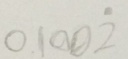
0 . 1 0 0 \dot { 2 }